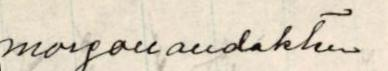
morgonandakten